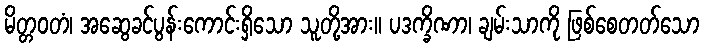
မိတ္တဝတံ၊ အဆွေခင်ပွန်းကောင်းရှိသော သူတို့အား။ ပဒက္ခိဏာ၊ ချမ်းသာကို ဖြစ်စေတတ်သော